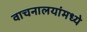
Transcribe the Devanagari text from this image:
वाचनालयांमध्ये